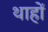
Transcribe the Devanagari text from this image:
थाहों